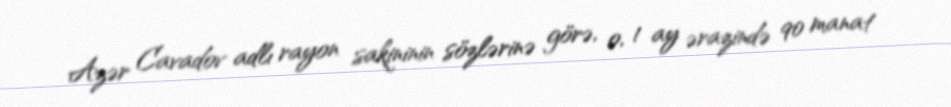
Azər Cavadov adlı rayon sakininin sözlərinə görə, o, 1 ay ərazində 90 manat